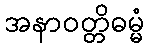
အနာဝတ္တိဓမ္မံ